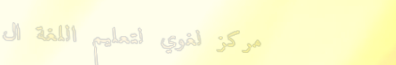
مركز لغوي لتعليم اللغة ال